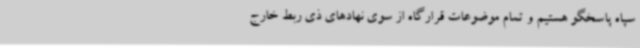
سپاه پاسخگو هستیم و تمام موضوعات قرارگاه از سوی نهادهای ذی ربط خارج